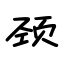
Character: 颈